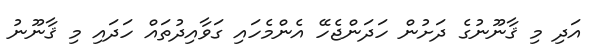
އަދި މި ޤާނޫނުގެ ދަށުން ހަދަންޖެހޭ އެންމެހައި ގަވާއިދުތައް ހަދައި މި ޤާނޫނު